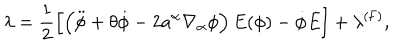
\lambda = \frac { 1 } { 2 } \left[ \left( \ddot { \phi } + \theta \dot { \phi } - 2 a ^ { \alpha } \nabla _ { \alpha } \phi \right) E ( \phi ) - \dot { \phi } \dot { E } \right] + \lambda ^ { \mathrm { ( F ) } } ,